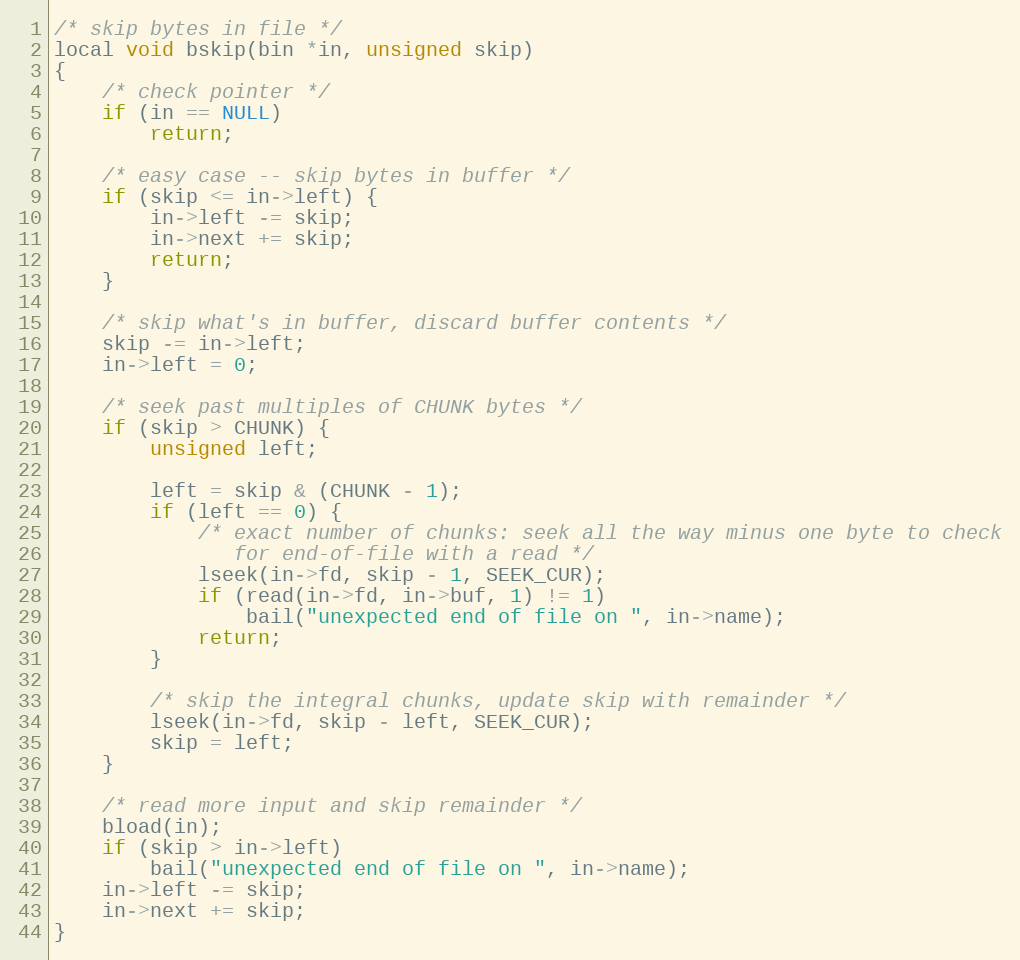
Language: C
/* skip bytes in file */
local void bskip(bin *in, unsigned skip)
{
    /* check pointer */
    if (in == NULL)
        return;

    /* easy case -- skip bytes in buffer */
    if (skip <= in->left) {
        in->left -= skip;
        in->next += skip;
        return;
    }

    /* skip what's in buffer, discard buffer contents */
    skip -= in->left;
    in->left = 0;

    /* seek past multiples of CHUNK bytes */
    if (skip > CHUNK) {
        unsigned left;

        left = skip & (CHUNK - 1);
        if (left == 0) {
            /* exact number of chunks: seek all the way minus one byte to check
               for end-of-file with a read */
            lseek(in->fd, skip - 1, SEEK_CUR);
            if (read(in->fd, in->buf, 1) != 1)
                bail("unexpected end of file on ", in->name);
            return;
        }

        /* skip the integral chunks, update skip with remainder */
        lseek(in->fd, skip - left, SEEK_CUR);
        skip = left;
    }

    /* read more input and skip remainder */
    bload(in);
    if (skip > in->left)
        bail("unexpected end of file on ", in->name);
    in->left -= skip;
    in->next += skip;
}